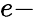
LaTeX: e\mathrm{-}